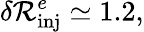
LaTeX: \delta\mathcal{R}_{\mathrm{inj}}^{e}\simeq 1.2,